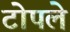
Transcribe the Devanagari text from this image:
टोपले